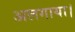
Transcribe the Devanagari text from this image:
अलगाया।